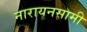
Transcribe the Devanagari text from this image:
नारायनसामी